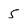
Character: 5